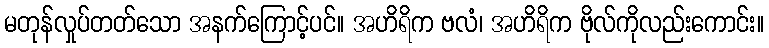
မတုန်လှုပ်တတ်သော အနက်ကြောင့်ပင်။ အဟိရိက ဗလံ၊ အဟိရိက ဗိုလ်ကိုလည်းကောင်း။